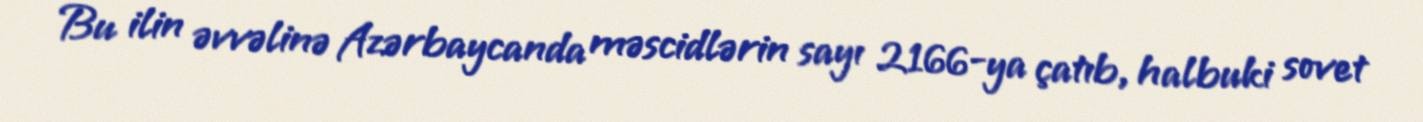
Bu ilin əvvəlinə Azərbaycanda məscidlərin sayı 2166-ya çatıb, halbuki sovet